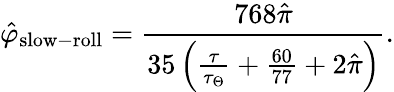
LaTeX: \hat{\varphi}_{\mathrm{slow-roll}}=\frac{768\hat{\pi}}{35\left(\frac{\tau}{\tau_{\Theta}}+\frac{60}{77}+2\hat{\pi}\right)}.